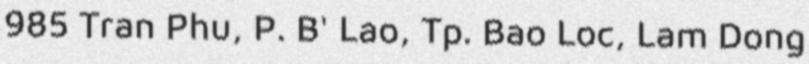
985 Tran Phu, P. B' Lao, Tp. Bao Loc, Lam Dong